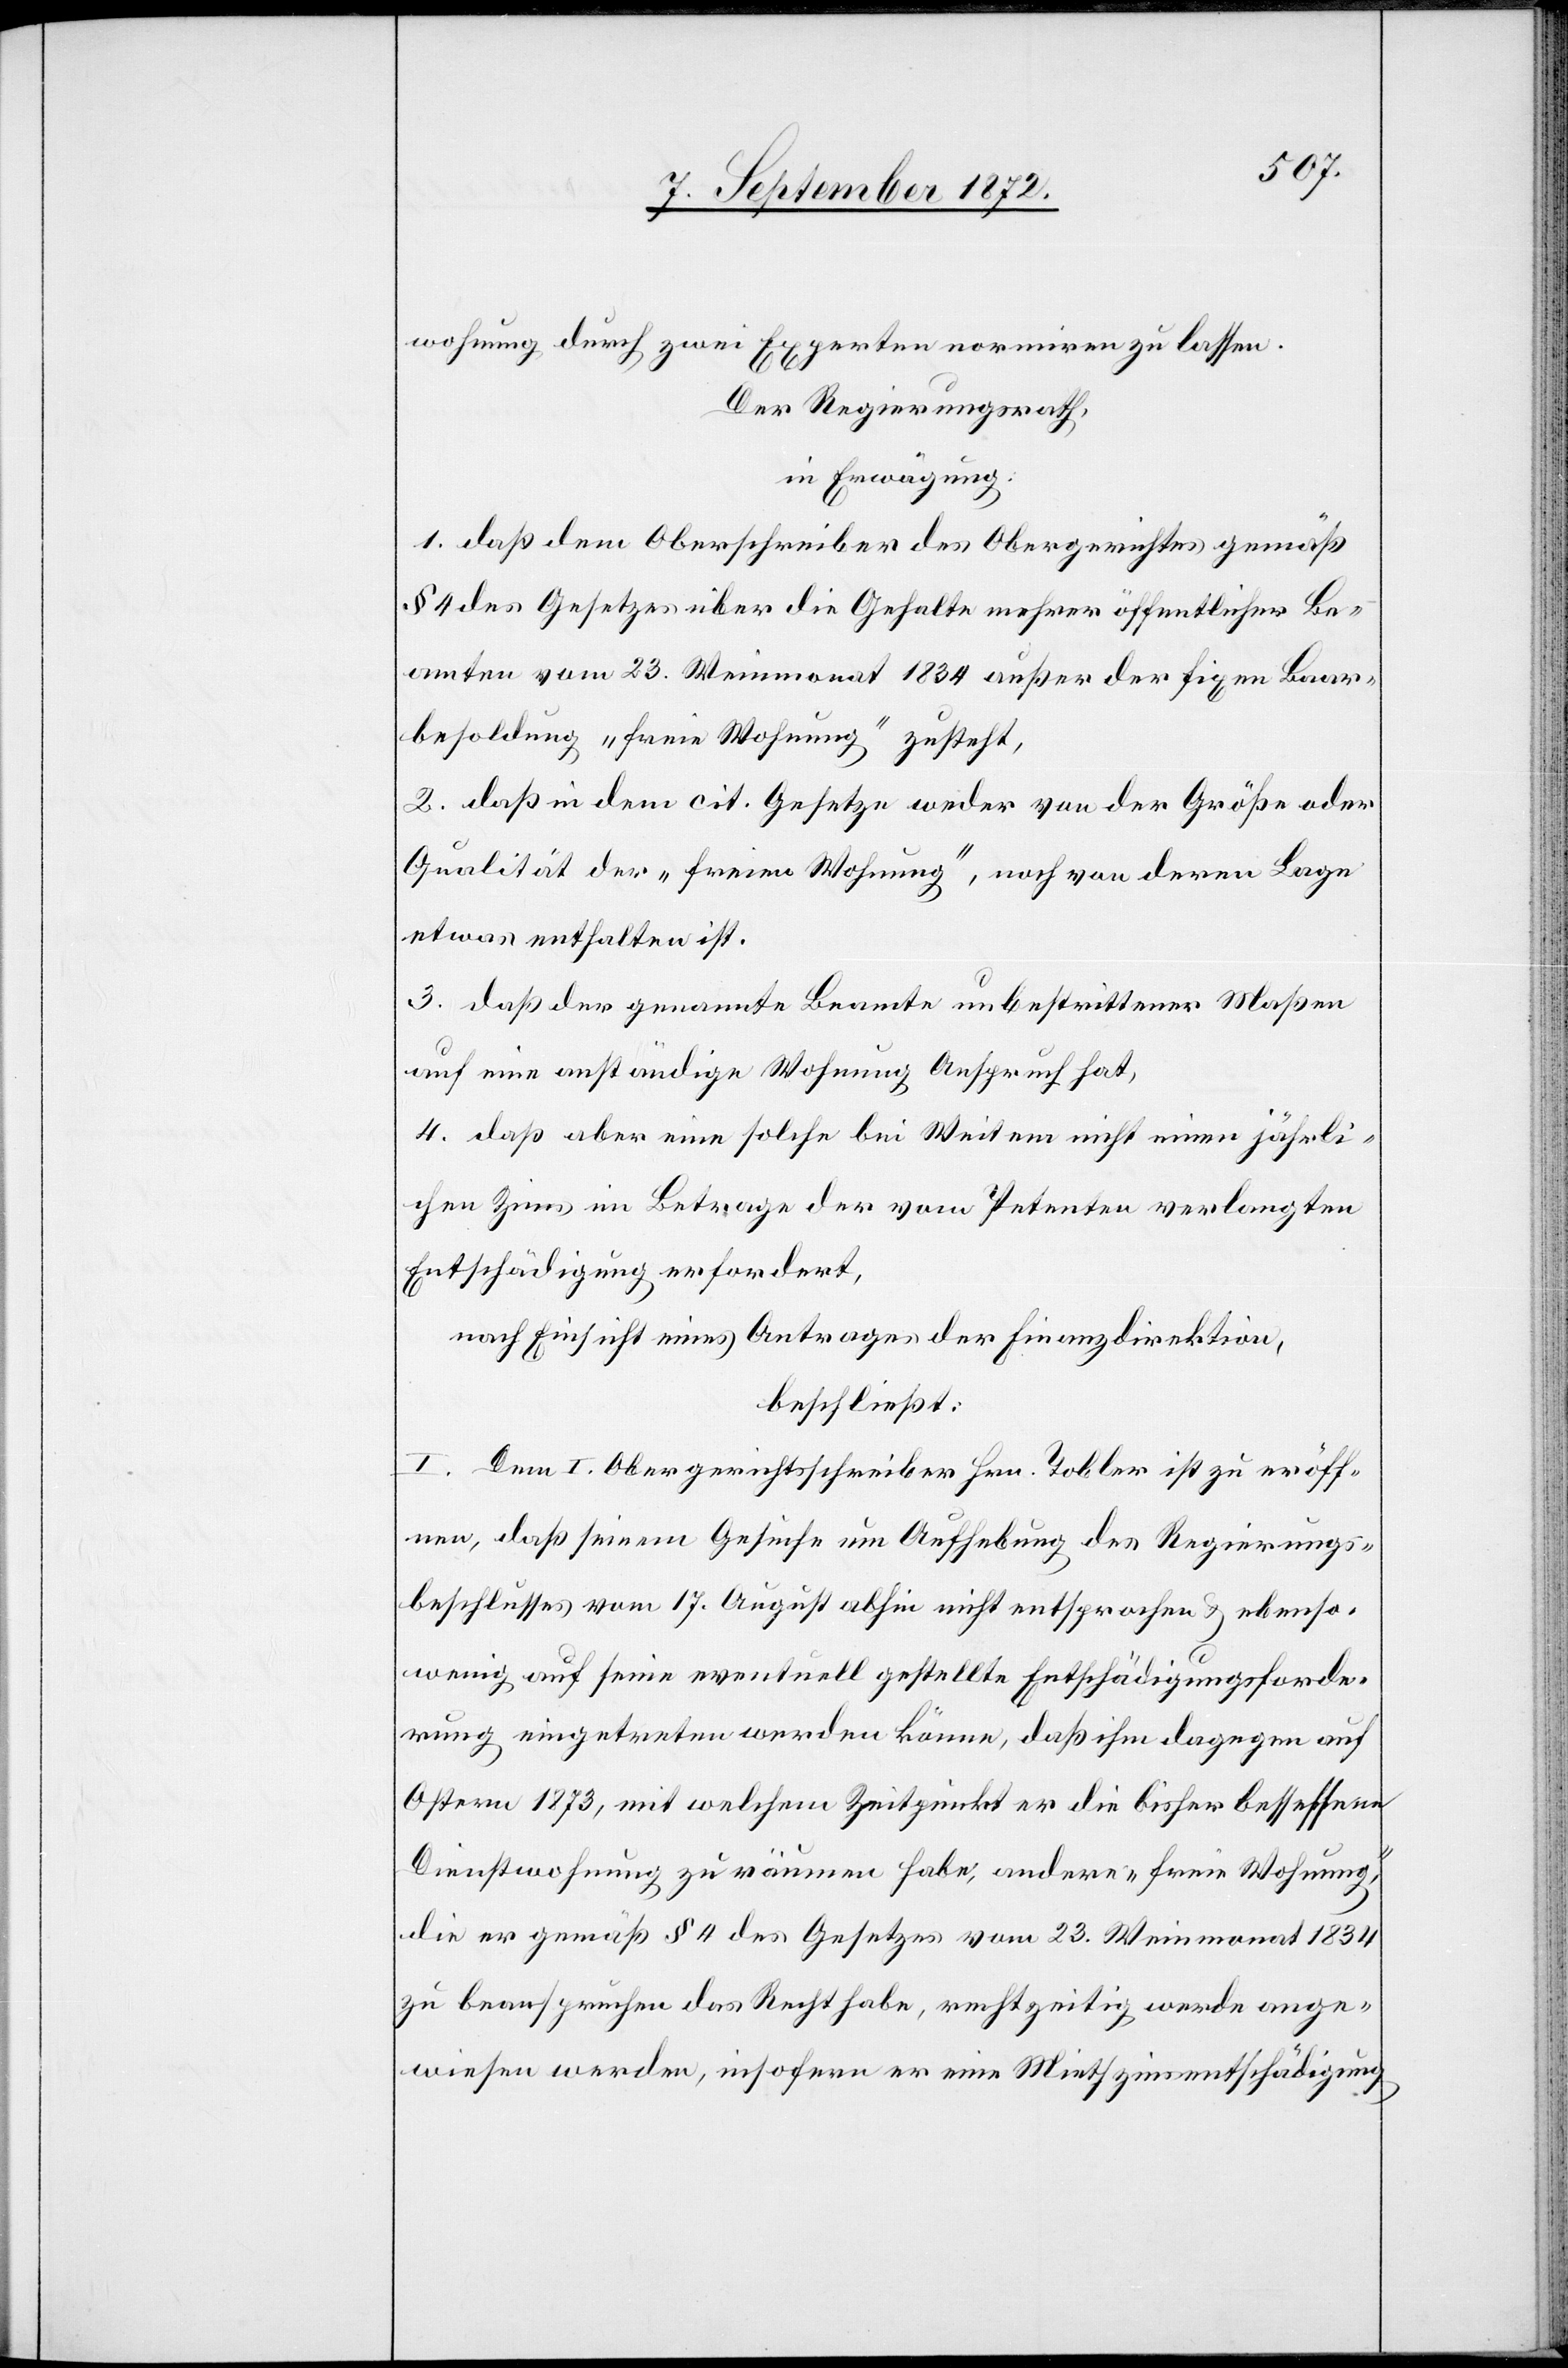
wohnung durch zwei Experten normiren zu lassen.
Der Regierungsrath,
in Erwägung:
1. daß dem Oberschreiber des Obergerichtes gemäß
§ 4 des Gesetzes über die Gehalte mehrer [sic!] öffentlicher Be¬
amten vom 23. Weinmonat 1834 außer der fixen Baar¬
besoldung „freie Wohnung“ zusteht,
2. daß in dem cit. Gesetze weder von der Größe oder
Qualität der „freien Wohnung“, noch von deren Lage
etwas enthalten ist.
3. daß der genannte Beamte unbestrittener Maßen
auf eine anständige Wohnung Anspruch hat,
4. daß aber eine solche bei Weitem nicht einen jährli¬
chen Zins im Betrage der vom Petenten verlangten
Entschädigung erfordert,
nach Einsicht eines Antrages der Finanzdirektion,
beschließt:
I. Dem I. Obergerichtsschreiber Hrn. Tobler ist zu eröff¬
nen, daß seinem Gesuche um Aufhebung des Regierungs¬
beschlusses vom 17. August abhin nicht entsprochen u. ebenso¬
wenig auf seine eventuell gestellte Entschädigungsforde¬
rung eingetreten werden könne, daß ihm dagegen auf
Ostern 1873, mit welchem Zeitpunkt er die bisher besessene
Dienstwohnung zu räumen habe, andere „freie Wohnung“,
die er gemäß § 4 des Gesetzes vom 23. Weinmonat 1834
zu beanspruchen das Recht habe, rechtzeitig werde ange¬
wiesen werden, insofern er eine Miethzinsentschädigung